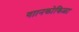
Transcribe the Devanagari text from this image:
गाानकोकिळा